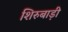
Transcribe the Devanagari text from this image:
शिरुबाड़ी